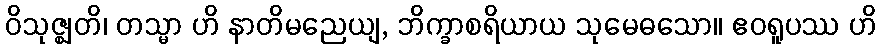
ဝိသုဇ္ဈတိ၊ တသ္မာ ဟိ နာတိမညေယျ, ဘိက္ခာစရိယာယ သုမေဓသော။ ဧဝရူပဿ ဟိ